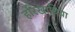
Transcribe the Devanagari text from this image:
हरिखाचिया